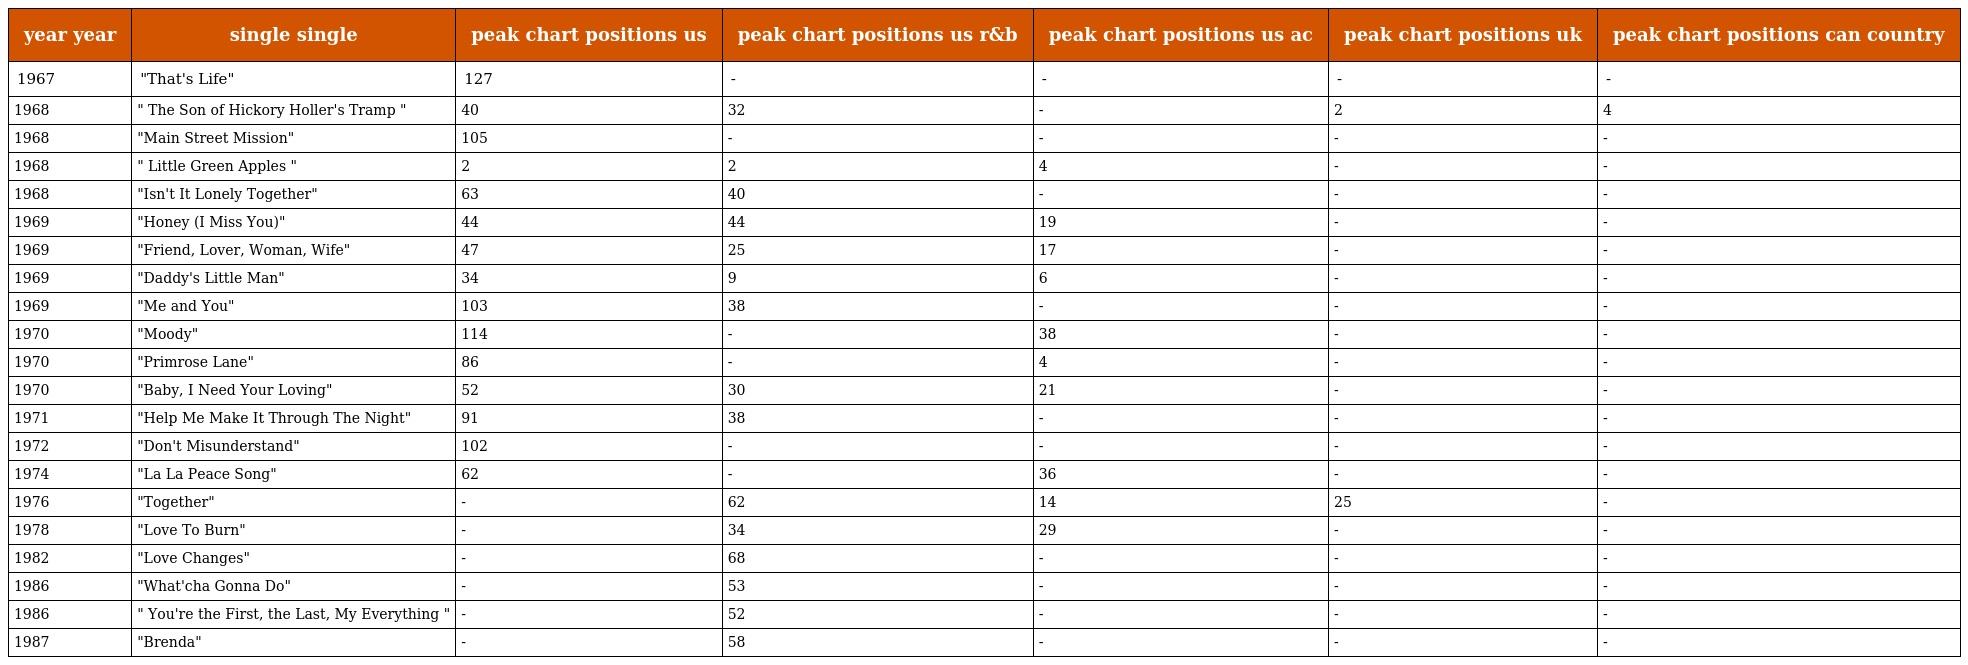
| year year | single single | peak chart positions us | peak chart positions us r&b | peak chart positions us ac | peak chart positions uk | peak chart positions can country |
 | --- | --- | --- | --- | --- | --- | --- |
 | 1967 | "That's Life" | 127 | - | - | - | - |
 | 1968 | " The Son of Hickory Holler's Tramp " | 40 | 32 | - | 2 | 4 |
 | 1968 | "Main Street Mission" | 105 | - | - | - | - |
 | 1968 | " Little Green Apples " | 2 | 2 | 4 | - | - |
 | 1968 | "Isn't It Lonely Together" | 63 | 40 | - | - | - |
 | 1969 | "Honey (I Miss You)" | 44 | 44 | 19 | - | - |
 | 1969 | "Friend, Lover, Woman, Wife" | 47 | 25 | 17 | - | - |
 | 1969 | "Daddy's Little Man" | 34 | 9 | 6 | - | - |
 | 1969 | "Me and You" | 103 | 38 | - | - | - |
 | 1970 | "Moody" | 114 | - | 38 | - | - |
 | 1970 | "Primrose Lane" | 86 | - | 4 | - | - |
 | 1970 | "Baby, I Need Your Loving" | 52 | 30 | 21 | - | - |
 | 1971 | "Help Me Make It Through The Night" | 91 | 38 | - | - | - |
 | 1972 | "Don't Misunderstand" | 102 | - | - | - | - |
 | 1974 | "La La Peace Song" | 62 | - | 36 | - | - |
 | 1976 | "Together" | - | 62 | 14 | 25 | - |
 | 1978 | "Love To Burn" | - | 34 | 29 | - | - |
 | 1982 | "Love Changes" | - | 68 | - | - | - |
 | 1986 | "What'cha Gonna Do" | - | 53 | - | - | - |
 | 1986 | " You're the First, the Last, My Everything " | - | 52 | - | - | - |
 | 1987 | "Brenda" | - | 58 | - | - | - |